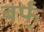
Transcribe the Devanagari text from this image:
बर्फ्